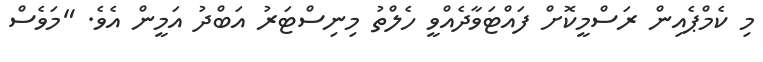
މި ކެމްޕެއިން ރަސްމީކޮށް ފައްޓަވާދެއްވީ ހެލްތު މިނިސްޓަރު އަބްދު އަމީން އެވެ. "މަވެސް